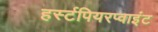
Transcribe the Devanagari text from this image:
हर्स्टपियरप्वाइंट